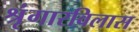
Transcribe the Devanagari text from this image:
श्रृंगारविलास